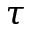
\tau